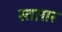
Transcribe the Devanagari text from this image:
स्ताग़र